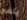
ينفع